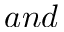
a n d